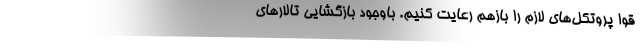
قوا پروتکل‌های لازم را بازهم رعایت کنیم. باوجود بازگشایی تالارهای